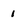
Character: 1